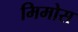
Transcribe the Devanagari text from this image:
मिमोस